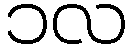
၁လ